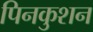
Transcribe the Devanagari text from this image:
पिनकुशन